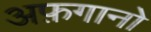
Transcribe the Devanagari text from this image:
अफ़गानो